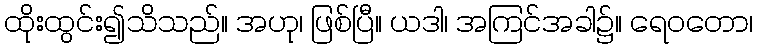
ထိုးထွင်း၍သိသည်။ အဟု၊ ဖြစ်ပြီ။ ယဒါ၊ အကြင်အခါ၌။ ရေဝတော၊